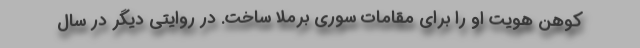
کوهن هویت او را برای مقامات سوری برملا ساخت. در روایتی دیگر در سال